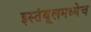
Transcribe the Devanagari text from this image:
इस्तंबूलमध्येच